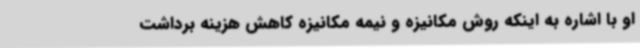
او با اشاره به اینکه روش مکانیزه و نیمه مکانیزه کاهش هزینه برداشت